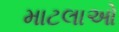
માટલાઓ